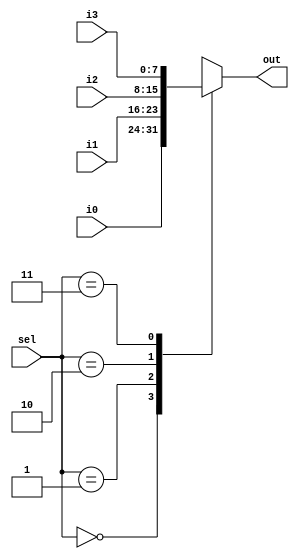
module MUX4(input [7:0] i0, i1, i2, i3, input [1:0] sel, output reg [7:0] out);

always @ (*)	
	case(sel)
		2'b00 : out = i0;
		2'b01 : out = i1;
		2'b10 : out = i2;
		2'b11 : out = i3;
		default : out = 0;
	endcase		
endmodule